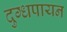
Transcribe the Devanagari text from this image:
दुग्धपायन